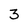
Character: 3